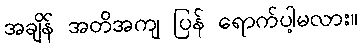
အချိန် အတိအကျ ပြန် ရောက်ပါ့မလား။